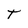
Character: T